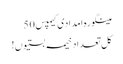
مینگورہ امدادی کیمپس 50
کل تعداد خیمہ بستیوں!